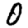
Digit: 0